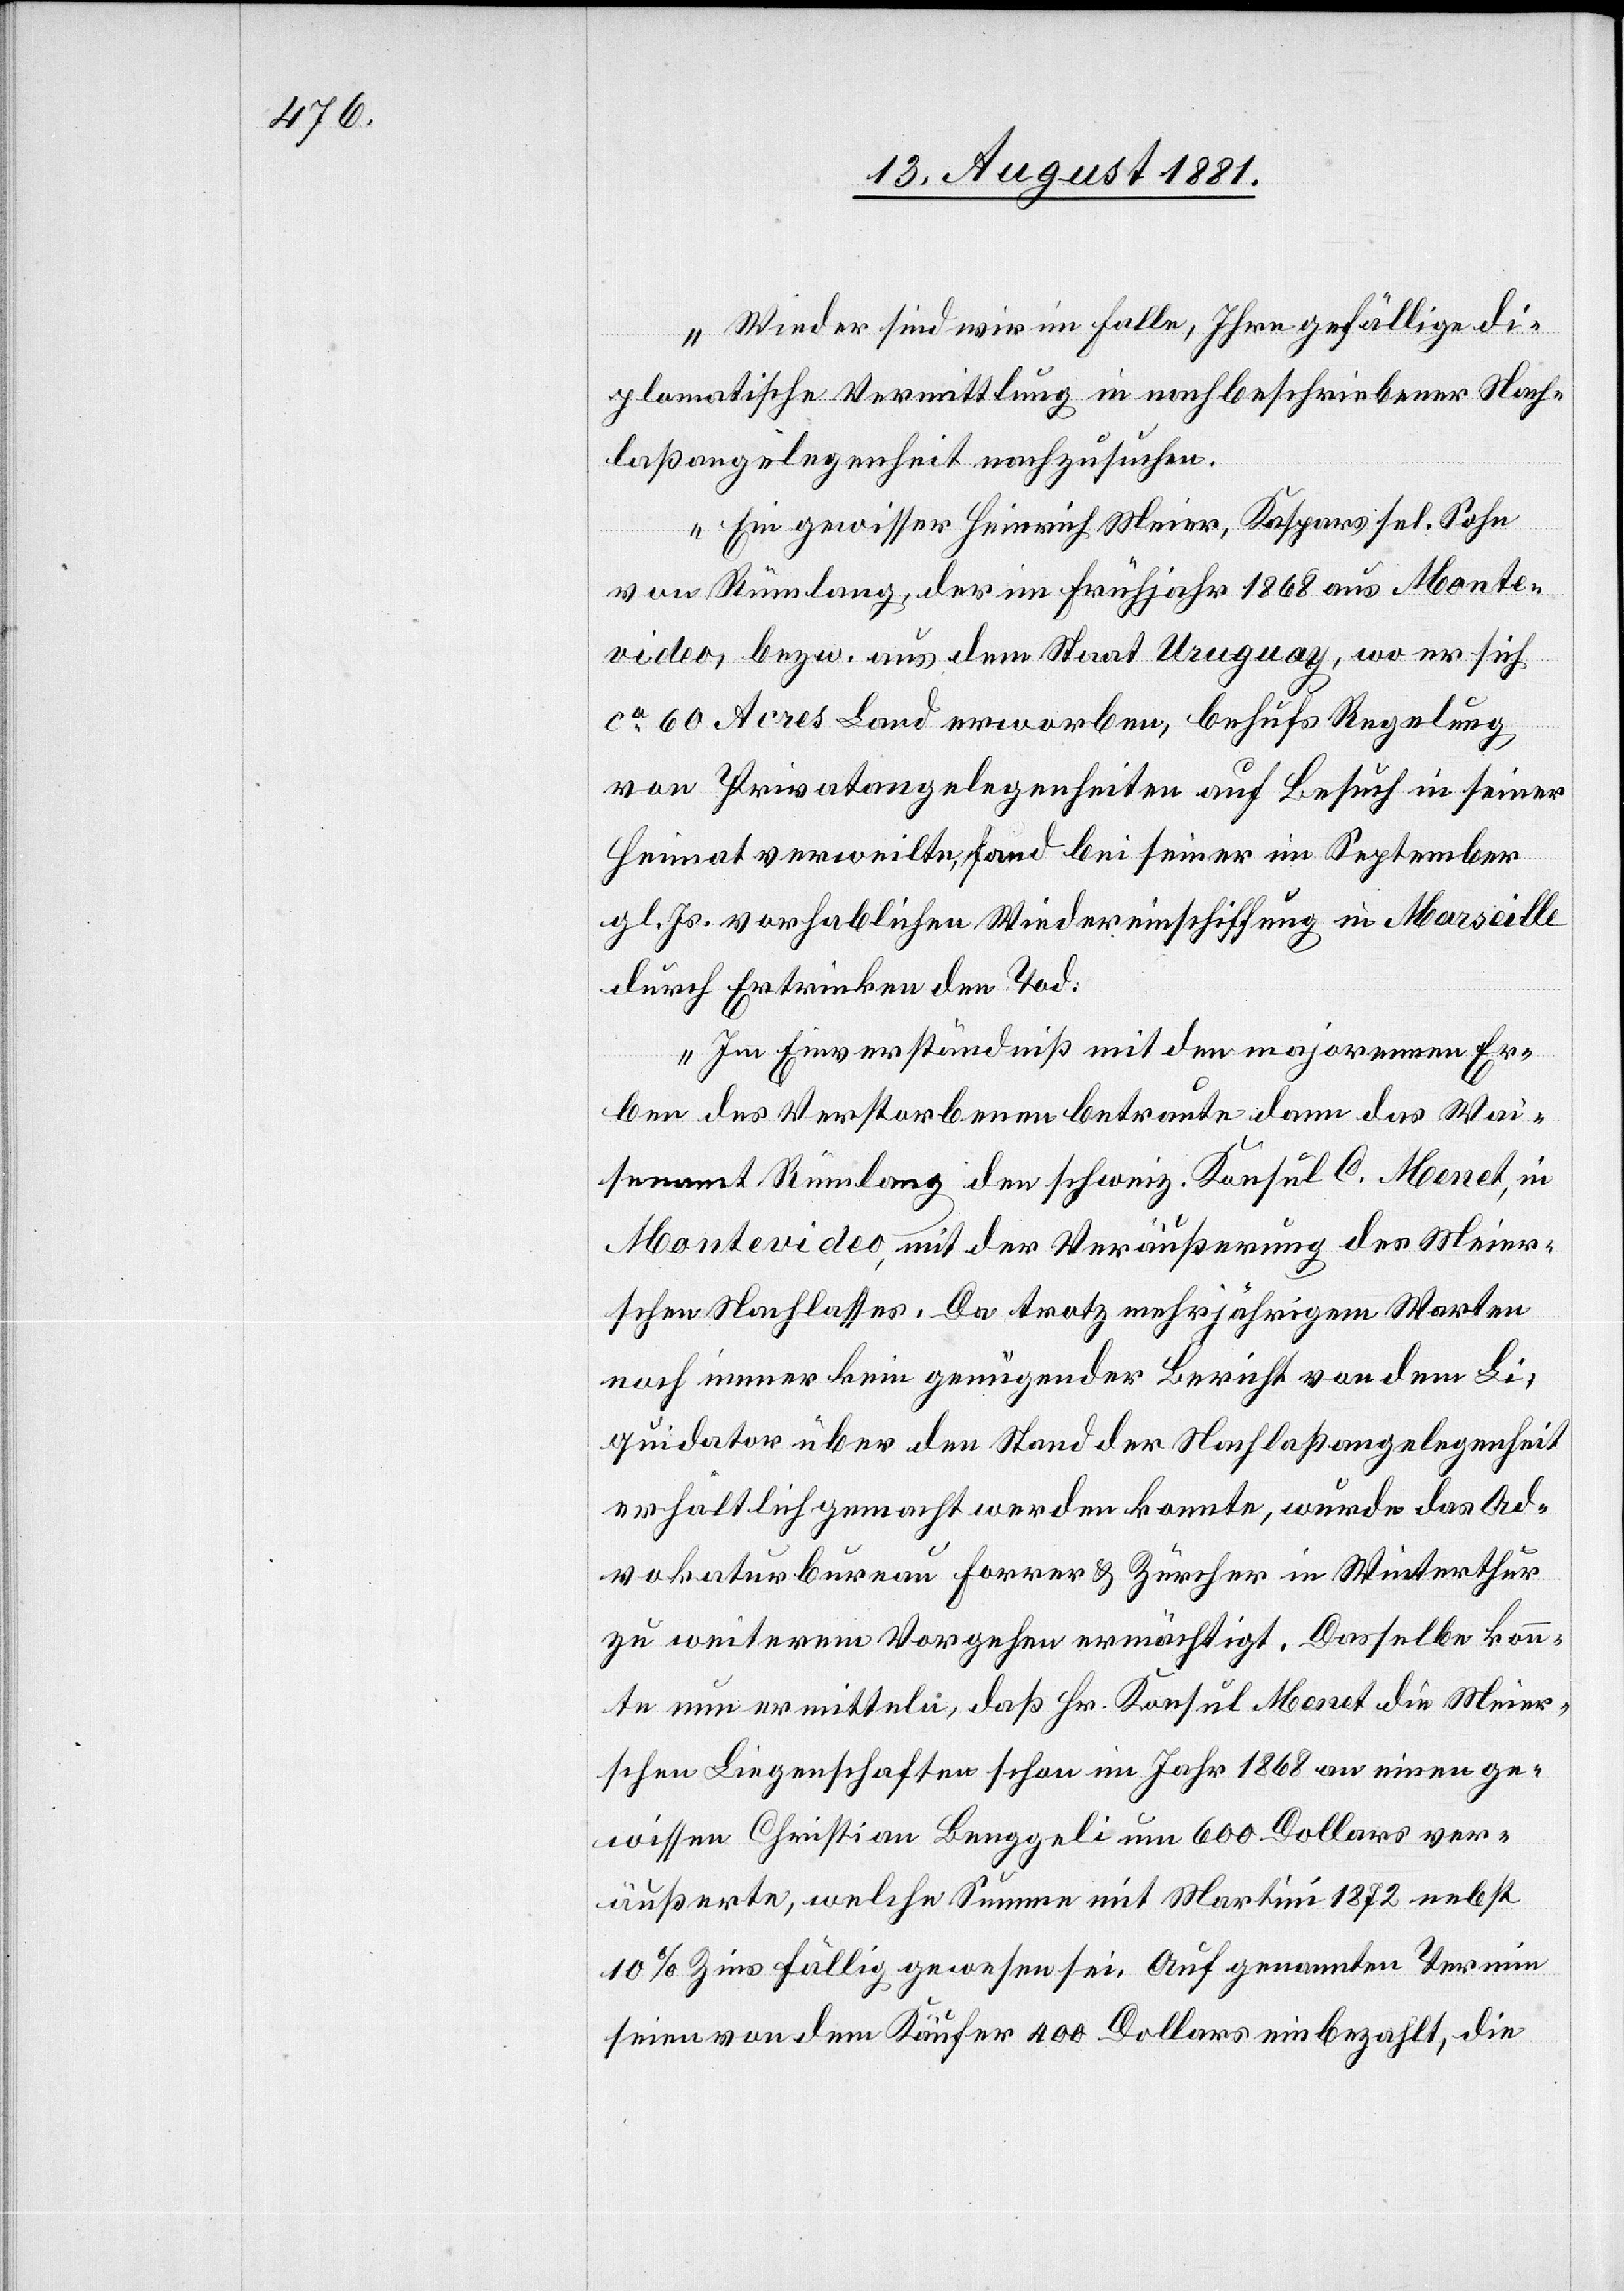
„Wieder sind wir im Falle, Ihre gefällige di¬
plomatische Vermittlung in nachbeschriebener Nach¬
laßangelegenheit nachzusuchen.
Ein gewisser Heinrich Meier, Kaspars sel. Sohn
von Rümlang, der im Frühjahr 1868 aus Monte¬
video, bezw. aus dem Staat Uruguay, wo er sich
ca 60 Acres Land erworben, behufs Regelung
von Preisangelegenheiten auf Besuch in seiner
Heimat verweilte, fand bei seiner im September
gl. Js. vorhablichen Wiedereinschiffung in Marseille
durch Ertrinken den Tod:
Im Einverständniß mit den majorennen Er¬
ben des Verstorbenen betraute dann das Wai¬
senamt Rümlang den schweiz. Konsul C. Monet, in
Montevideo, mit der Veräußerung des Meier¬
schen Nachlasses. Da trotz mehrjährigem Warten
noch immer kein genügender Bericht von dem Li¬
quidator über den Stand der Nachlaßangelegenheit
erhältlich gemacht werden konnte, wurde das Ad¬
vokaturbureau Forrer & Zürcher in Winterthur
zu weiterem Vorgehen ermächtigt. Dasselbe konn¬
te nun ermitteln, daß Hr. Konsul Monet die Meier¬
schen Liegenschaften schon im Jahr 1868 an einen ge¬
wissen Christian Lenggeli um 600 Dollars ver¬
äußerte, welche Summe mit Martini 1872 nebst
10% Zins fällig gewesen sei. Auf genannten Termin
seien von dem Käufer 400 Dollars einbezahlt, die